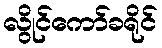
လွိုင်ကော်ခရိုင်